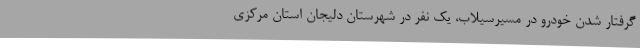
گرفتار شدن خودرو در مسیرسیلاب، یک نفر در شهرستان دلیجان استان مرکزی